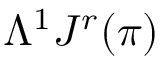
\Lambda ^ { 1 } J ^ { r } ( \pi )